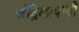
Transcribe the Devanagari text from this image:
चंद्रिकापायी